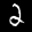
Label: 2